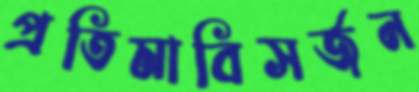
প্রতিমাবিসর্জন